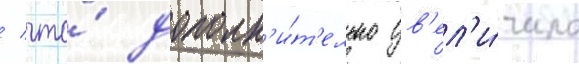
/ что́ дополн'и́т'ельно ув'ел'и́чило